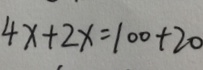
4 x + 2 x = 1 0 0 + 2 0